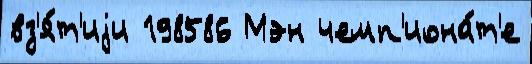
вз'я́т'иjи 198586 Мэн чемп'иона́т'е